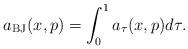
LaTeX: \begin{align*}a_{\mathrm{BJ}}(x,p)=\int_{0}^{1}a_{\tau}(x,p)d\tau. \end{align*}